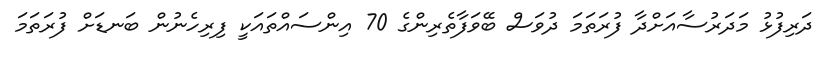
ދަރިފުޅު މަދަރުސާއަށްދާ ފުރަތަމަ ދުވަސް ބޭވަފާތެރިންގެ 70 އިންސައްތައަކީ ފިރިހެނުން ބަނޑަށް ފުރަތަމަ